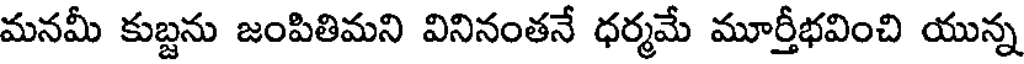
మనమీ కుబ్దను జంపితిమని వినినంతనే ధర్మమే మూర్తీభవించి యున్న